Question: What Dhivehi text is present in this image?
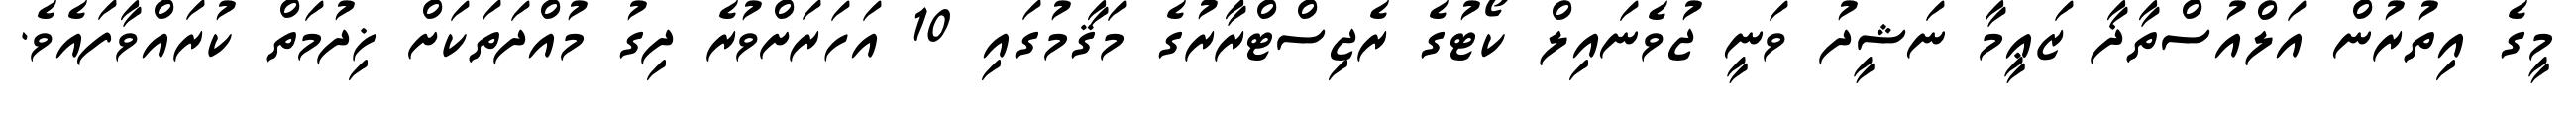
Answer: މީގެ އިތުރުން އަލްއުސްތާޛާ ޒަޢީމާ ނަޝީދު ވަނީ ޖުވެނައިލް ކޯޓުގެ ރެޖިސްޓްރާރުގެ މަޤާމުގައި 10 އަހަރަށްވުރެ ދިގު މުއްދަތަކަށް ޚިދުމަތް ކުރައްވާފައެވެ.